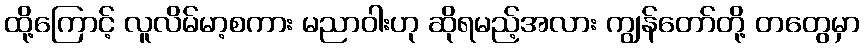
ထို့ကြောင့် လူလိမ်မာ့စကား မညာဝါးဟု ဆိုရမည့်အလား ကျွန်တော်တို့ တတွေမှာ